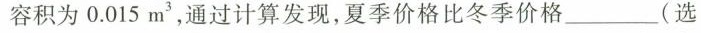
容积为0.015m^{3} ，通过计算发现，夏季价格比冬季价格___(选